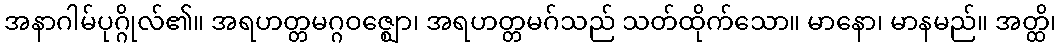
အနာဂါမ်ပုဂ္ဂိုလ်၏။ အရဟတ္တမဂ္ဂဝဇ္ဈော၊ အရဟတ္တမဂ်သည် သတ်ထိုက်သော။ မာနော၊ မာနမည်။ အတ္ထိ၊